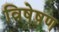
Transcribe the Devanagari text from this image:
विषेषण